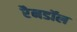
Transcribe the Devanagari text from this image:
रैनडॉल